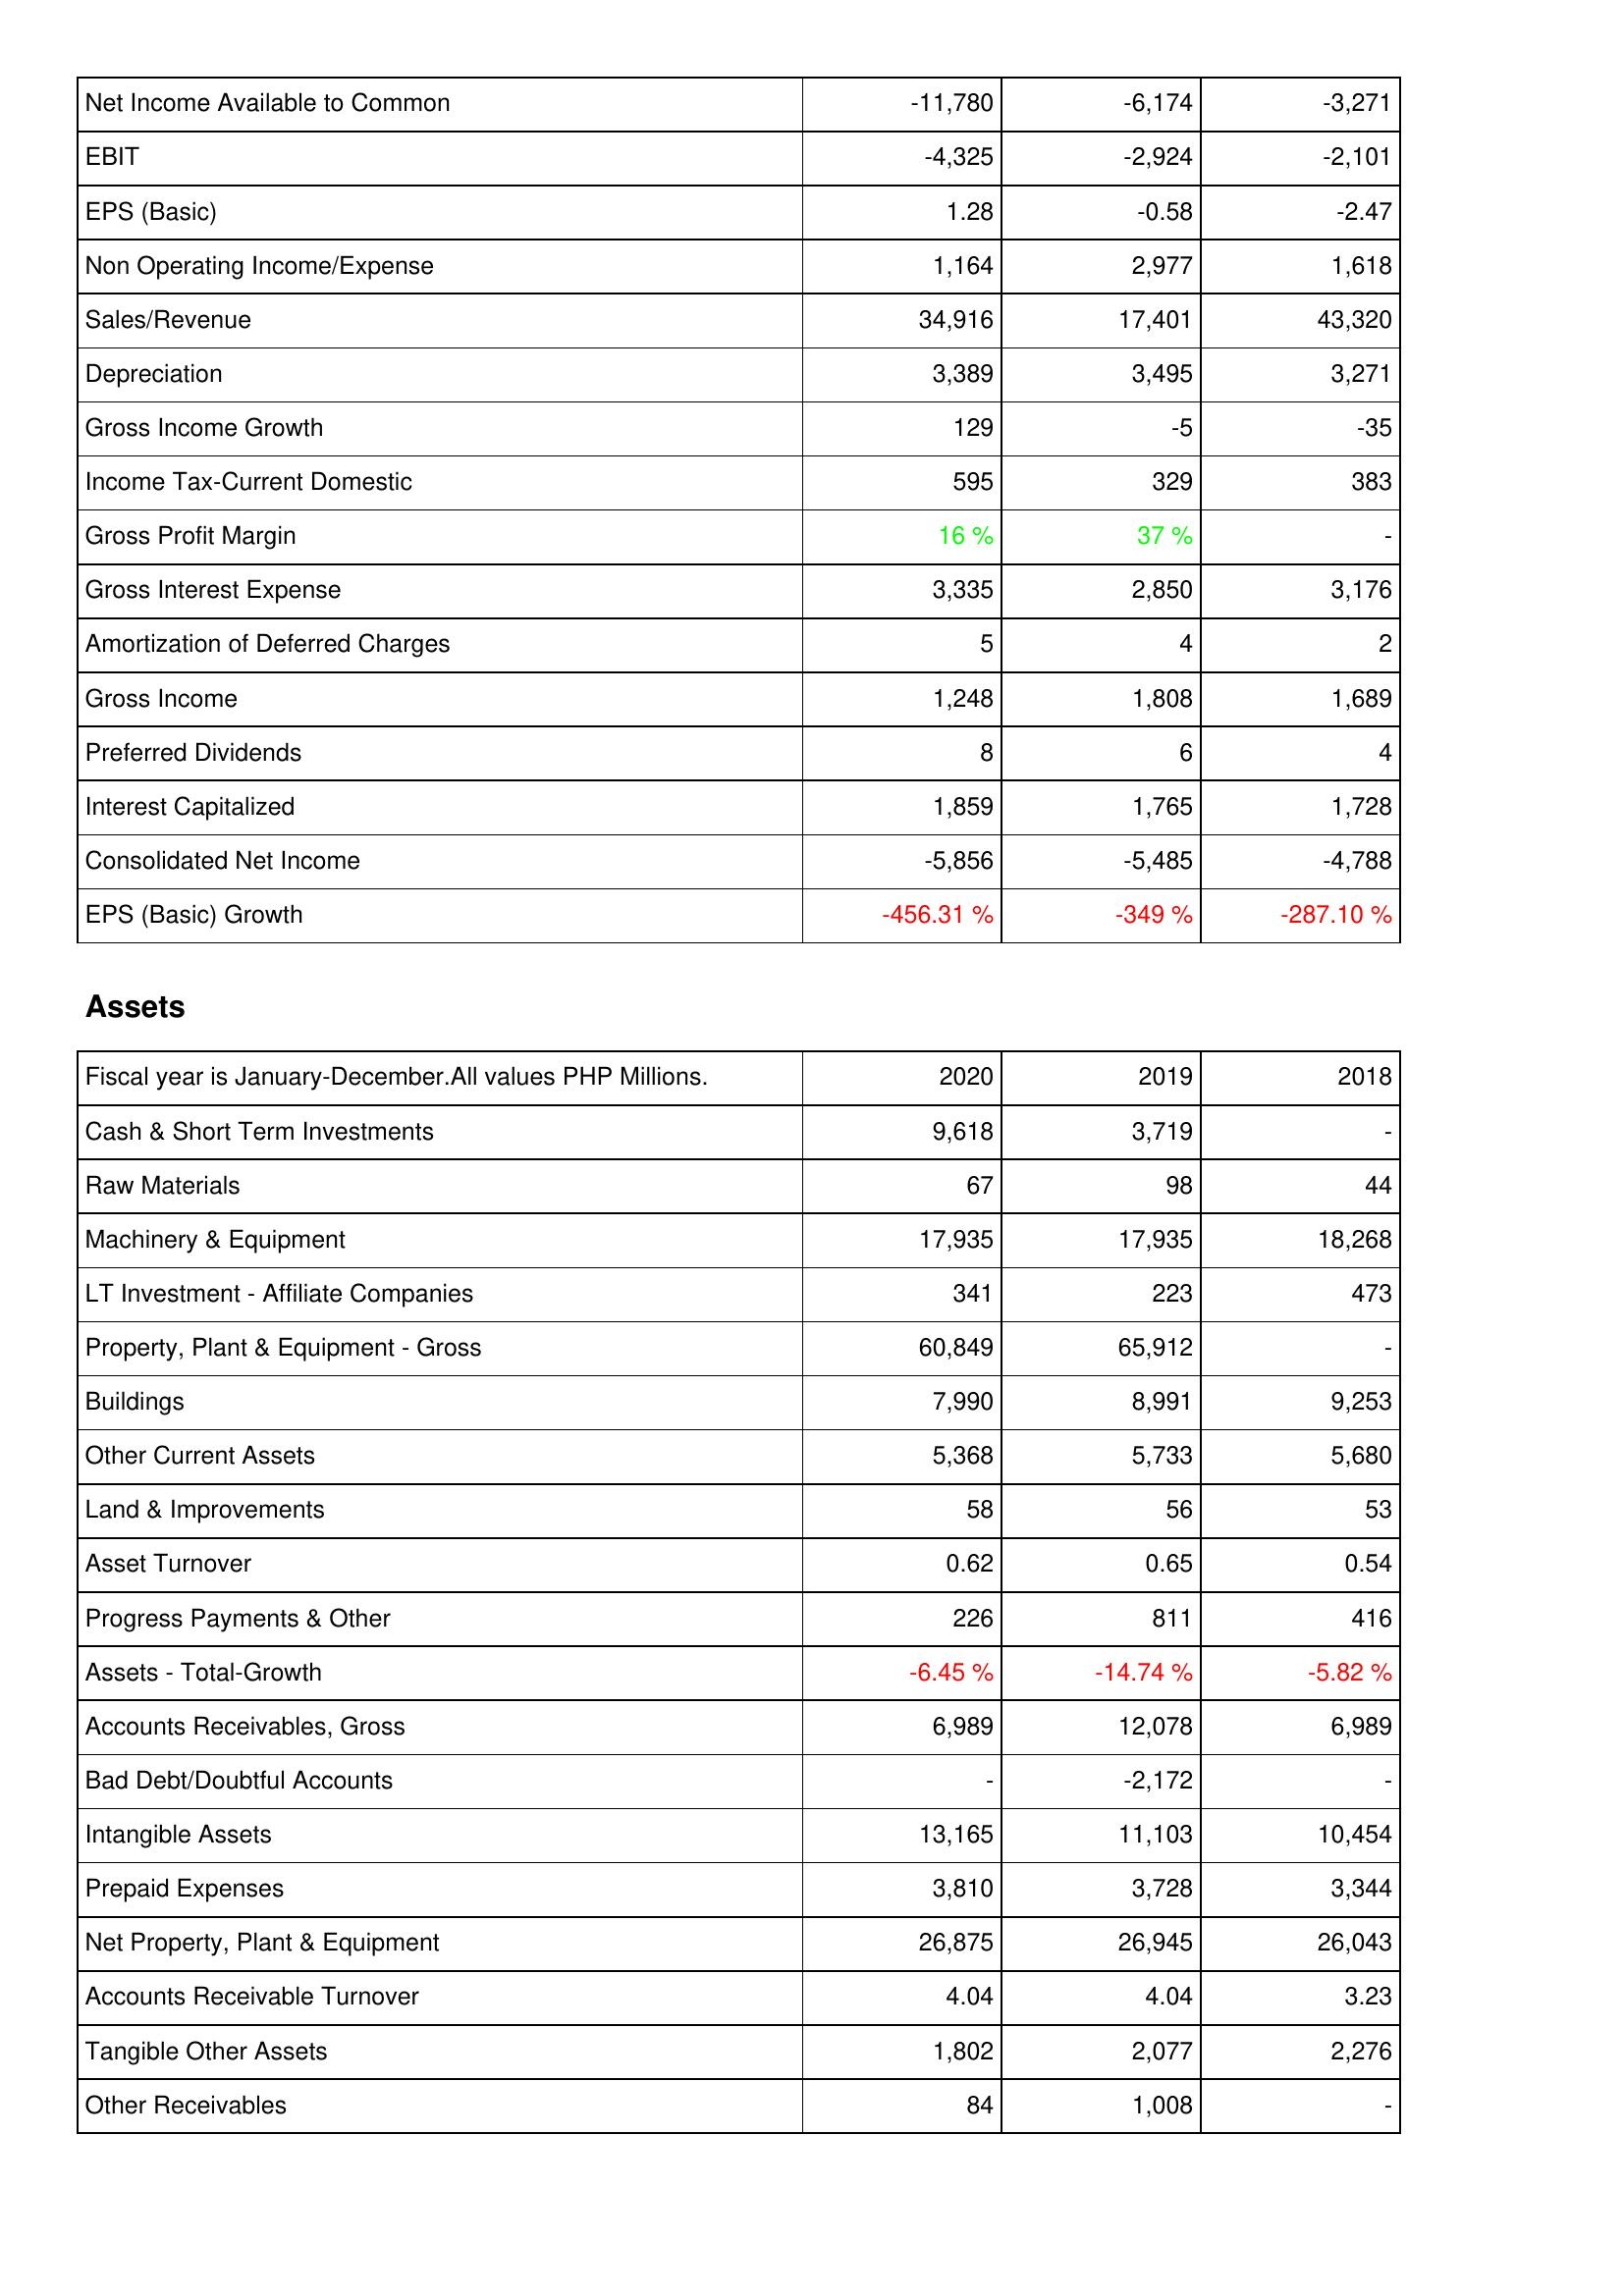
2020: Income Statement: Net Income Available to Common: -11,780
EBIT: -4,325
EPS (Basic): 1.28
Non Operating Income/Expense: 1,164
Sales/Revenue: 34,916
Depreciation: 3,389
Gross Income Growth: 129
Income Tax-Current Domestic: 595
Gross Profit Margin: 16 %
Gross Interest Expense: 3,335
Amortization of Deferred Charges: 5
Gross Income: 1,248
Preferred Dividends: 8
Interest Capitalized: 1,859
Consolidated Net Income: -5,856
EPS (Basic) Growth: -456.31 %
Assets: Cash & Short Term Investments: 9,618
Raw Materials: 67
Machinery & Equipment: 17,935
LT Investment - Affiliate Companies: 341
Property, Plant & Equipment - Gross: 60,849
Buildings: 7,990
Other Current Assets: 5,368
Land & Improvements: 58
Asset Turnover: 0.62
Progress Payments & Other: 226
Assets - Total-Growth: -6.45 %
Accounts Receivables, Gross: 6,989
Bad Debt/Doubtful Accounts: -
Intangible Assets: 13,165
Prepaid Expenses: 3,810
Net Property, Plant & Equipment: 26,875
Accounts Receivable Turnover: 4.04
Tangible Other Assets: 1,802
Other Receivables: 84
2019: Income Statement: Net Income Available to Common: -6,174
EBIT: -2,924
EPS (Basic): -0.58
Non Operating Income/Expense: 2,977
Sales/Revenue: 17,401
Depreciation: 3,495
Gross Income Growth: -5
Income Tax-Current Domestic: 329
Gross Profit Margin: 37 %
Gross Interest Expense: 2,850
Amortization of Deferred Charges: 4
Gross Income: 1,808
Preferred Dividends: 6
Interest Capitalized: 1,765
Consolidated Net Income: -5,485
EPS (Basic) Growth: -349 %
Assets: Cash & Short Term Investments: 3,719
Raw Materials: 98
Machinery & Equipment: 17,935
LT Investment - Affiliate Companies: 223
Property, Plant & Equipment - Gross: 65,912
Buildings: 8,991
Other Current Assets: 5,733
Land & Improvements: 56
Asset Turnover: 0.65
Progress Payments & Other: 811
Assets - Total-Growth: -14.74 %
Accounts Receivables, Gross: 12,078
Bad Debt/Doubtful Accounts: -2,172
Intangible Assets: 11,103
Prepaid Expenses: 3,728
Net Property, Plant & Equipment: 26,945
Accounts Receivable Turnover: 4.04
Tangible Other Assets: 2,077
Other Receivables: 1,008
2018: Income Statement: Net Income Available to Common: -3,271
EBIT: -2,101
EPS (Basic): -2.47
Non Operating Income/Expense: 1,618
Sales/Revenue: 43,320
Depreciation: 3,271
Gross Income Growth: -35
Income Tax-Current Domestic: 383
Gross Profit Margin: -
Gross Interest Expense: 3,176
Amortization of Deferred Charges: 2
Gross Income: 1,689
Preferred Dividends: 4
Interest Capitalized: 1,728
Consolidated Net Income: -4,788
EPS (Basic) Growth: -287.10 %
Assets: Cash & Short Term Investments: -
Raw Materials: 44
Machinery & Equipment: 18,268
LT Investment - Affiliate Companies: 473
Property, Plant & Equipment - Gross: -
Buildings: 9,253
Other Current Assets: 5,680
Land & Improvements: 53
Asset Turnover: 0.54
Progress Payments & Other: 416
Assets - Total-Growth: -5.82 %
Accounts Receivables, Gross: 6,989
Bad Debt/Doubtful Accounts: -
Intangible Assets: 10,454
Prepaid Expenses: 3,344
Net Property, Plant & Equipment: 26,043
Accounts Receivable Turnover: 3.23
Tangible Other Assets: 2,276
Other Receivables: -